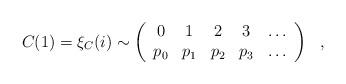
LaTeX: \begin{align*}C(1)=\xi_C(i)\sim\left(\begin{array}{ccccc} 0 & 1 & 2 & 3 & \ldots \\ p_0& p_1 & p_2 & p_3 & \ldots \\\end{array}\right)~~,\end{align*}